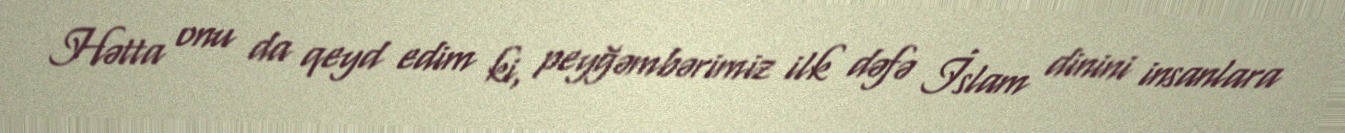
Hətta onu da qeyd edim ki, peyğəmbərimiz ilk dəfə İslam dinini insanlara